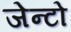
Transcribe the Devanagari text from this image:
जेन्टो